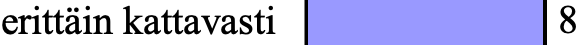
erittäin kattavasti 8